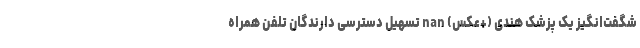
شگفت‌انگیز یک پزشک هندی (+عکس) nan تسهیل دسترسی دارندگان تلفن همراه